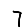
Digit: 7